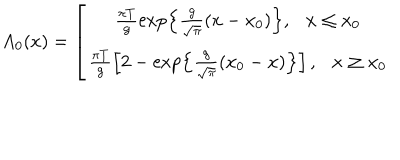
A _ { 0 } ( x ) = \left[ \begin{array} { c } { { \frac { \pi T } g \exp \left\{ \frac g { \sqrt { \pi } } ( x - x _ { 0 } ) \right\} , \ \ \ x \leq x _ { 0 } } } \\ { { \frac { \pi T } g \left[ 2 - \exp \left\{ \frac g { \sqrt { \pi } } ( x _ { 0 } - x ) \right\} \right] , \ \ \ x \geq x _ { 0 } } } \\ \end{array} \right.